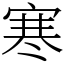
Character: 寒